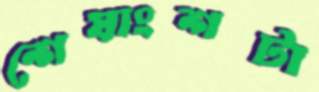
শেষাংশটা